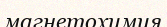
магнетохимия